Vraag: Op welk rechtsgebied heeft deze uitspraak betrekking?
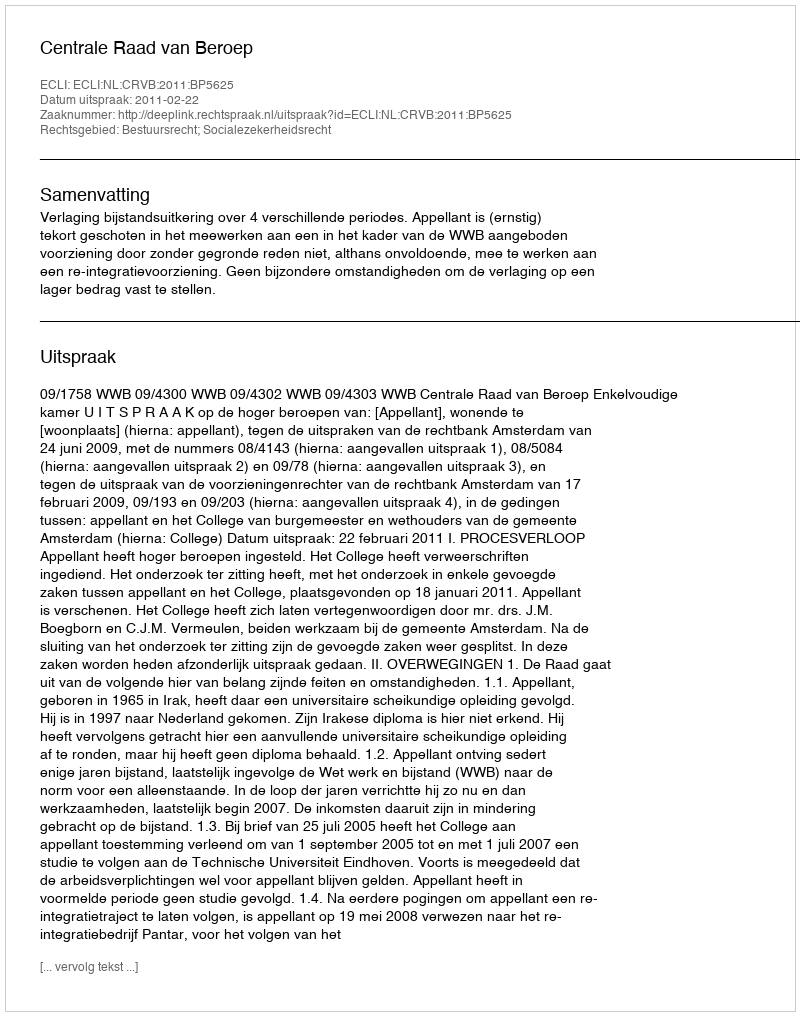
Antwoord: Bestuursrecht; Socialezekerheidsrecht